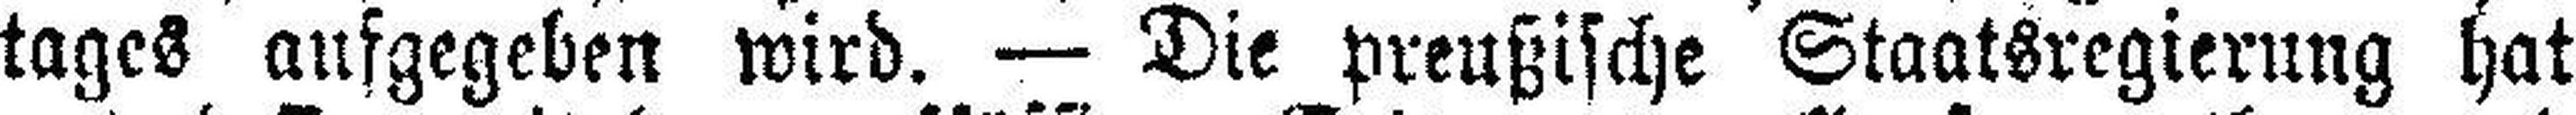
tages aufgegeben wird. — Die preußische Staatsregierung hat